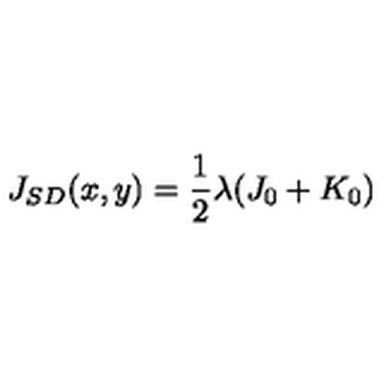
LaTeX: J _ { S D } ( x , y ) = \frac { 1 } { 2 } \lambda ( J _ { 0 } + K _ { 0 } )